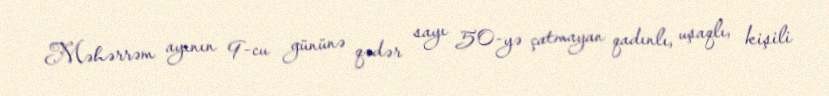
Məhərrəm ayının 9-cu gününə qədər sayı 50-yə çatmayan qadınlı, uşaqlı, kişili